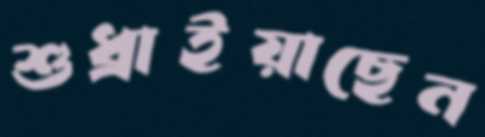
শুধ্‌রাইয়াছেন